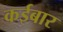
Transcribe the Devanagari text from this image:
कईबार